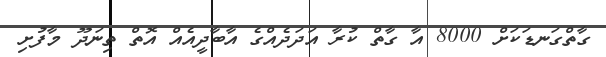
ގާތްގަނޑަކަށް 8000 އާ ގާތް ކުރާ އަދަދެއްގެ އާބާދީއެއް އޮތް ތިނަދޫ މާފުށި